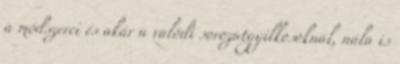
a módszerei és akár a valódi sorozatgyilkosoknál, nála is